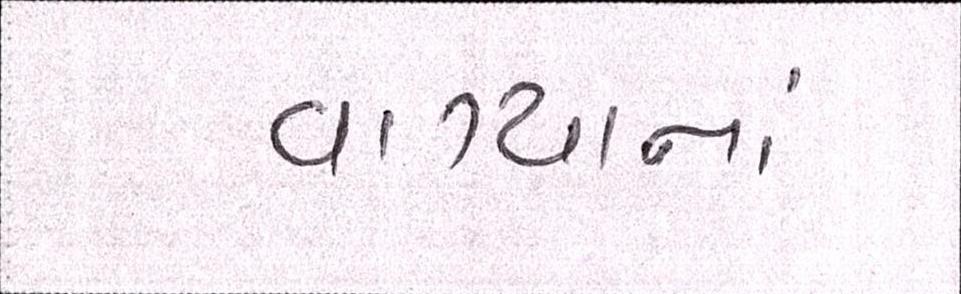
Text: વાગ્યાનાં